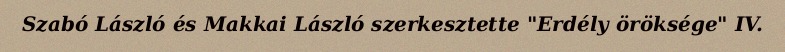
Szabó László és Makkai László szerkesztette "Erdély öröksége" IV.